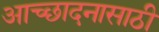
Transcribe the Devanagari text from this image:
आच्छादनासाठी